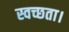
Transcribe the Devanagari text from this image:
स्वच्छता।